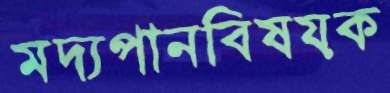
মদ্যপানবিষয়ক